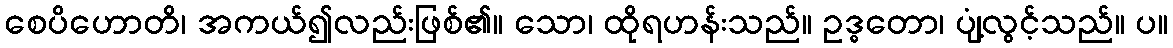
စေပိဟောတိ၊ အကယ်၍လည်းဖြစ်၏။ သော၊ ထိုရဟန်းသည်။ ဥဒ္ဓတော၊ ပျံ့လွင့်သည်။ ပ။